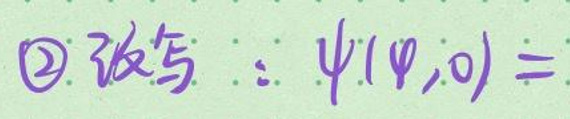
\textcircled{2}改写：\(\psi(\varphi,0)=\)